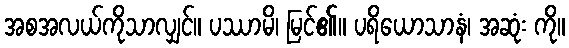
အစအလယ်ကိုသာလျှင်။ ပဿာမိ၊ မြင်၏။ ပရိယောသာနံ၊ အဆုံး ကို။